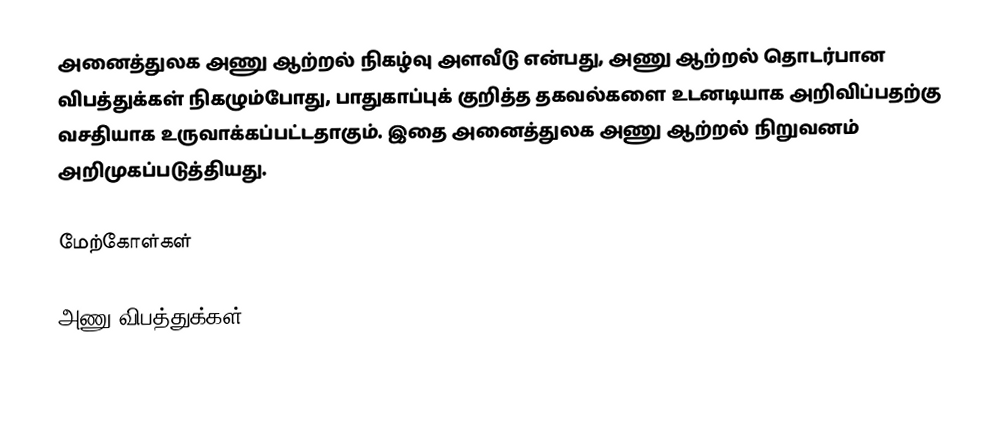
அனைத்துலக அணு ஆற்றல் நிகழ்வு அளவீடு என்பது, அணு ஆற்றல் தொடர்பான விபத்துக்கள் நிகழும்போது, பாதுகாப்புக் குறித்த தகவல்களை உடனடியாக அறிவிப்பதற்கு வசதியாக உருவாக்கப்பட்டதாகும். இதை அனைத்துலக அணு ஆற்றல் நிறுவனம் அறிமுகப்படுத்தியது.

மேற்கோள்கள்

அணு விபத்துக்கள்